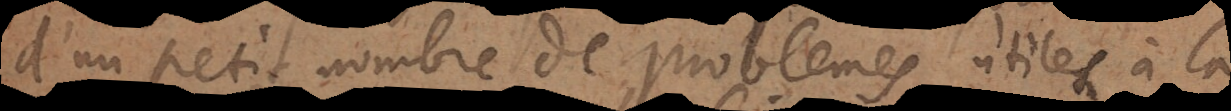
d’un petit nombre de problemes, utiles à la